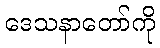
ဒေသနာတော်ကို